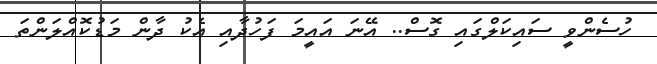
ހުސެންވީ ސައިކަލްގައި ގޮސް.. އޭނަ އައީމަ ފަހުދާއި އެކު ދާން މަޑުކޮއްލަންތަ